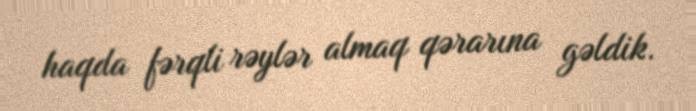
haqda fərqli rəylər almaq qərarına gəldik.